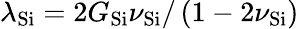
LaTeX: \lambda_{\mathrm{Si}}=2G_{\mathrm{Si}}\nu_{\mathrm{Si}}/\left(1-2\nu_{\mathrm{Si}}\right)